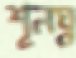
শূলঘ্ন